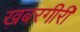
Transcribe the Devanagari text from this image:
ख़बरगीरी